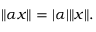
\| \alpha x \| = | \alpha | \| x \| .